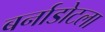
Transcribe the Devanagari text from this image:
बर्नाडोटला